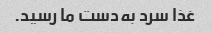
غذا سرد به‌دست ما رسید.